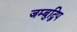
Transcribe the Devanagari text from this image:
जम्बुद्विप